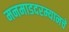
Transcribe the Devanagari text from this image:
मनमाडदरम्यानचे